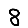
Digit: 8